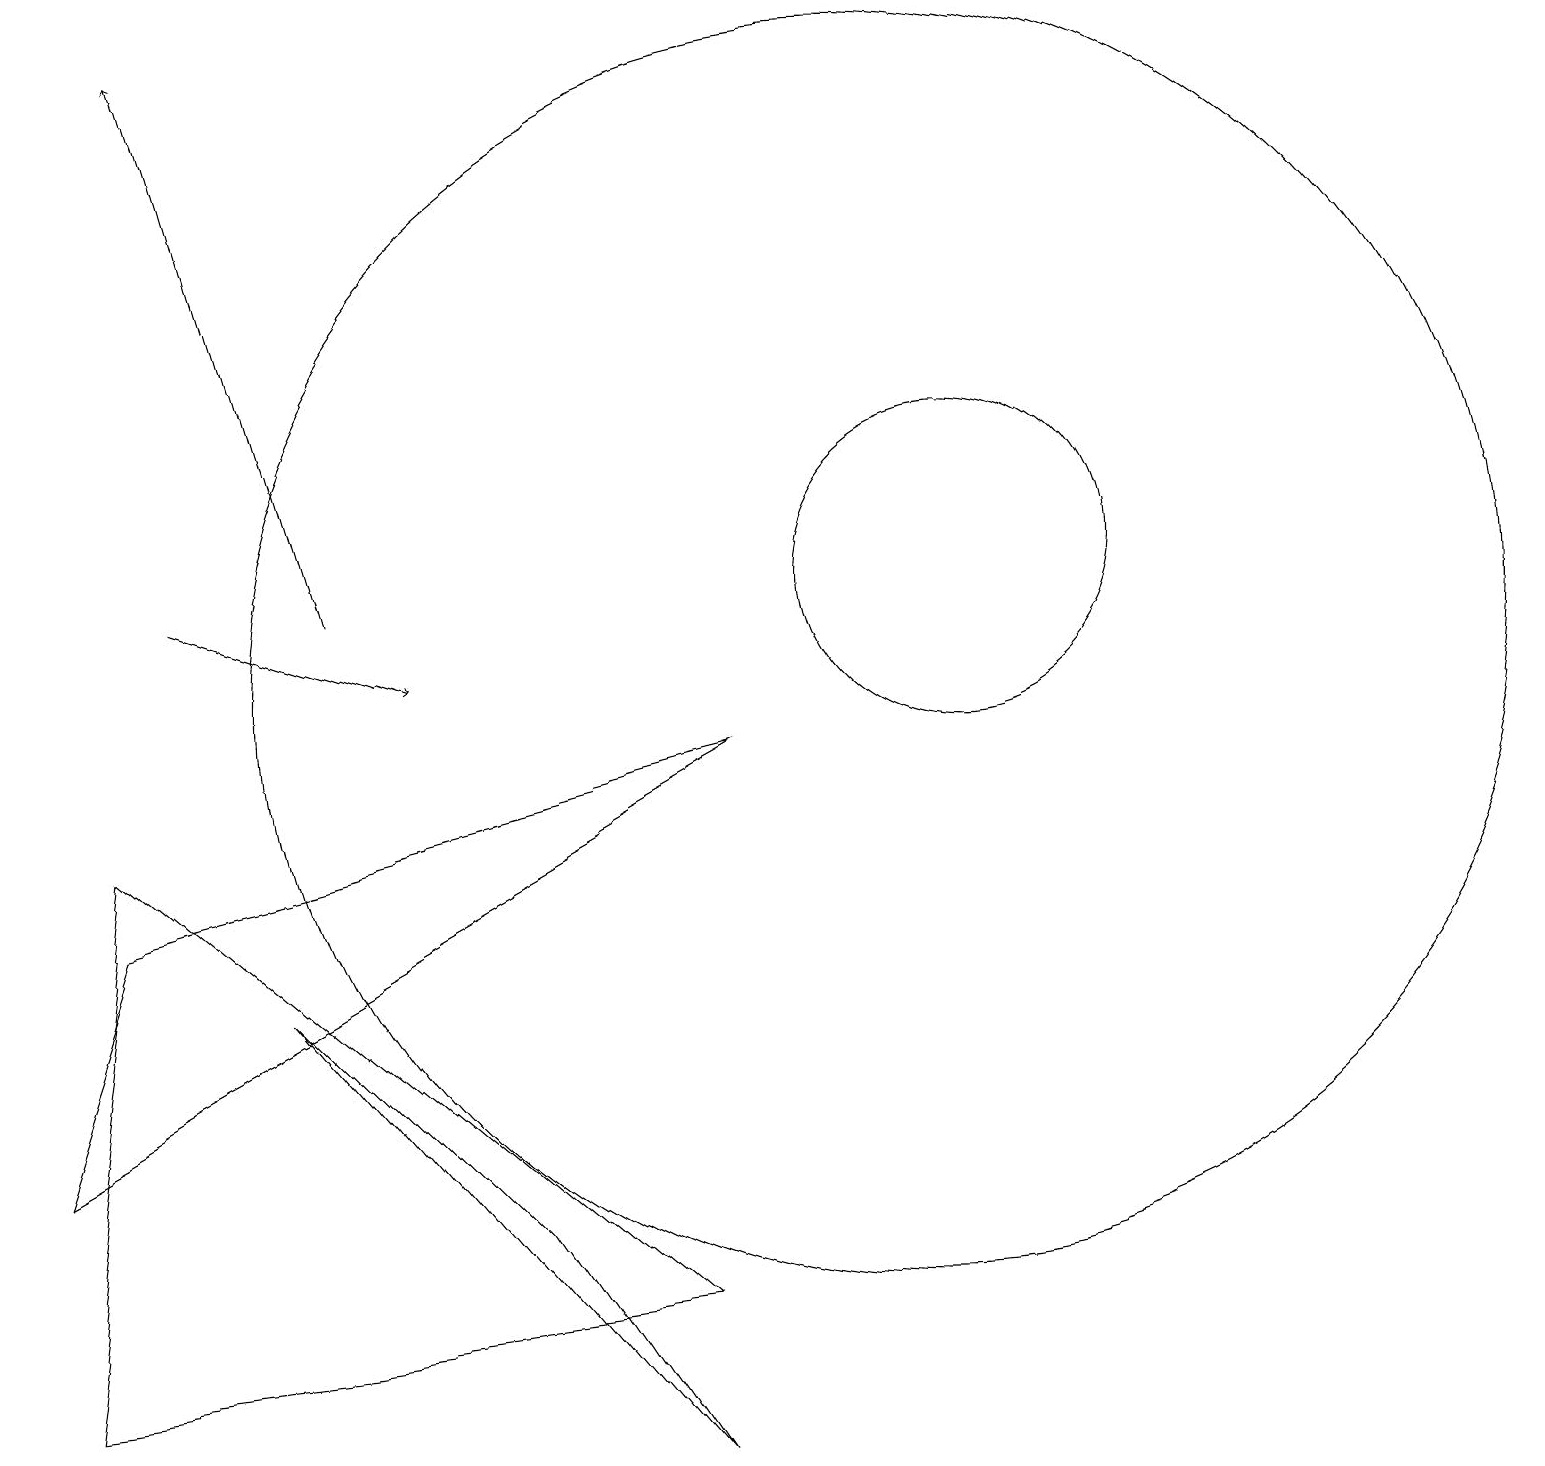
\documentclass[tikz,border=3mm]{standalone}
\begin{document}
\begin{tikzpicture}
\draw (3,6) -- (8,0) -- (6,3) -- cycle;
\draw (1,7) -- (0,4) -- (9,9) -- cycle;
\draw (12,11) circle (2);
\draw (8,2) -- (0,1) -- (1,8) -- cycle;
\draw[->] (4,11) -- (2,18);
\draw[->] (2,11) -- (5,10);
\draw (11,10) circle (8);
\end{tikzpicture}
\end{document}